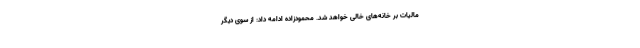
مالیات بر خانه‌های خالی خواهد شد. محمودزاده ادامه داد: از سوی دیگر